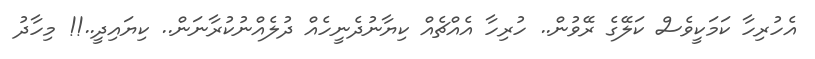
އެހުރިހާ ކަމަކީވެސް ކަލޭގެ ރޭވުން.. ހުރިހާ އެއްޗެއް ކިޔާނުދެނީހެއް ދުލެއްނުކުރާނަން.. ކިޔައިދީ..!! މިހާދު